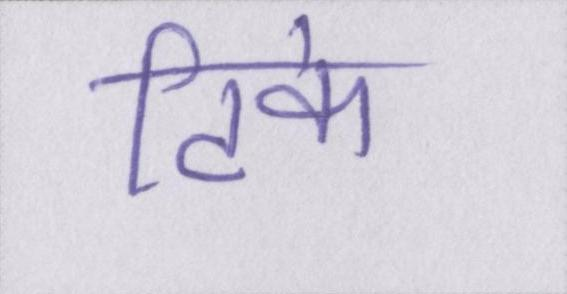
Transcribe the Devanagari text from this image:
टिके